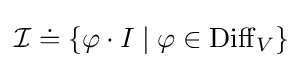
{\mathcal {I}}\doteq \{\varphi \cdot I\mid \varphi \in \operatorname {Diff} _{V}\}